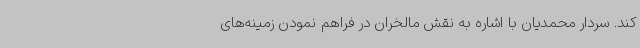
کند. سردار محمدیان با اشاره به نقش مالخران در فراهم نمودن زمینه‌های